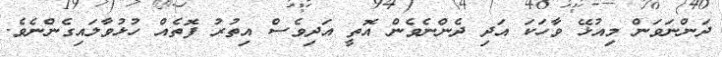
ދަންނަވަން މިއުޅޭ ވާހަކަ އަދި ދެންނެވެން އޮތީ އަދިވެސް އިތުރު ފޮތެއް ހުޅުވާލައިގެންނެވެ.